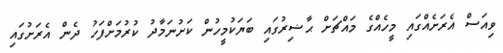
ވިއަސް އެރަށެއްގައި މީހެއްގެ މައްޗަށް ޙާޟިރުގައި ބަޔަކުމީހުން ކަށުނަމާދު ކުރުމަށްފަހު ދެން އެރަށުގައި